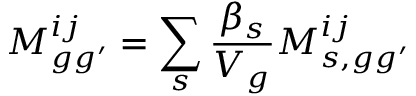
M _ { g g ^ { \prime } } ^ { i j } = \sum _ { s } \frac { \beta _ { s } } { V _ { g } } M _ { s , g g ^ { \prime } } ^ { i j }